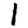
Digit: 1